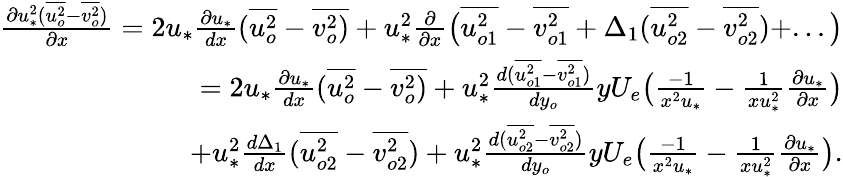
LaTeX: \begin{array}{r}{\frac{\partial u_{*}^{2}(\overline{{u_{o}^{2}}}-\overline{{v_{o}^{2}}})}{\partial x}=2u_{*}\frac{\partial u_{*}}{dx}(\overline{{u_{o}^{2}}}-\overline{{v_{o}^{2})}}+u_{*}^{2}\frac{\partial}{\partial x}\big(\overline{{u_{o1}^{2}}}-\overline{{v_{o1}^{2}}}+\Delta_{1}(\overline{{u_{o2}^{2}}}-\overline{{v_{o2}^{2}}})+...\big)}\\ {=2u_{*}\frac{\partial u_{*}}{dx}(\overline{{u_{o}^{2}}}-\overline{{v_{o}^{2})}}+u_{*}^{2}\frac{d(\overline{{u_{o1}^{2}}}-\overline{{v_{o1}^{2}}})}{dy_{o}}yU_{e}\big(\frac{-1}{x^{2}u_{*}}-{\frac{1}{xu_{*}^{2}}\frac{\partial u_{*}}{\partial x}}\big)}\\ {+u_{*}^{2}\frac{d\Delta_{1}}{dx}(\overline{{u_{o2}^{2}}}-\overline{{v_{o2}^{2}}})+u_{*}^{2}\frac{d(\overline{{u_{o2}^{2}}}-\overline{{v_{o2}^{2}}})}{dy_{o}}yU_{e}\big(\frac{-1}{x^{2}u_{*}}-{\frac{1}{xu_{*}^{2}}\frac{\partial u_{*}}{\partial x}}\big).}\end{array}